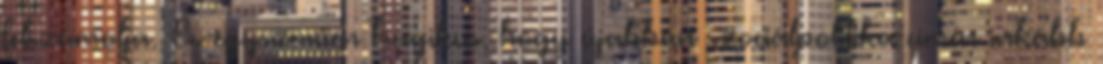
felszámolja. És egyszerűen tragikus, hogy újabban szociálpolitika címén inkább